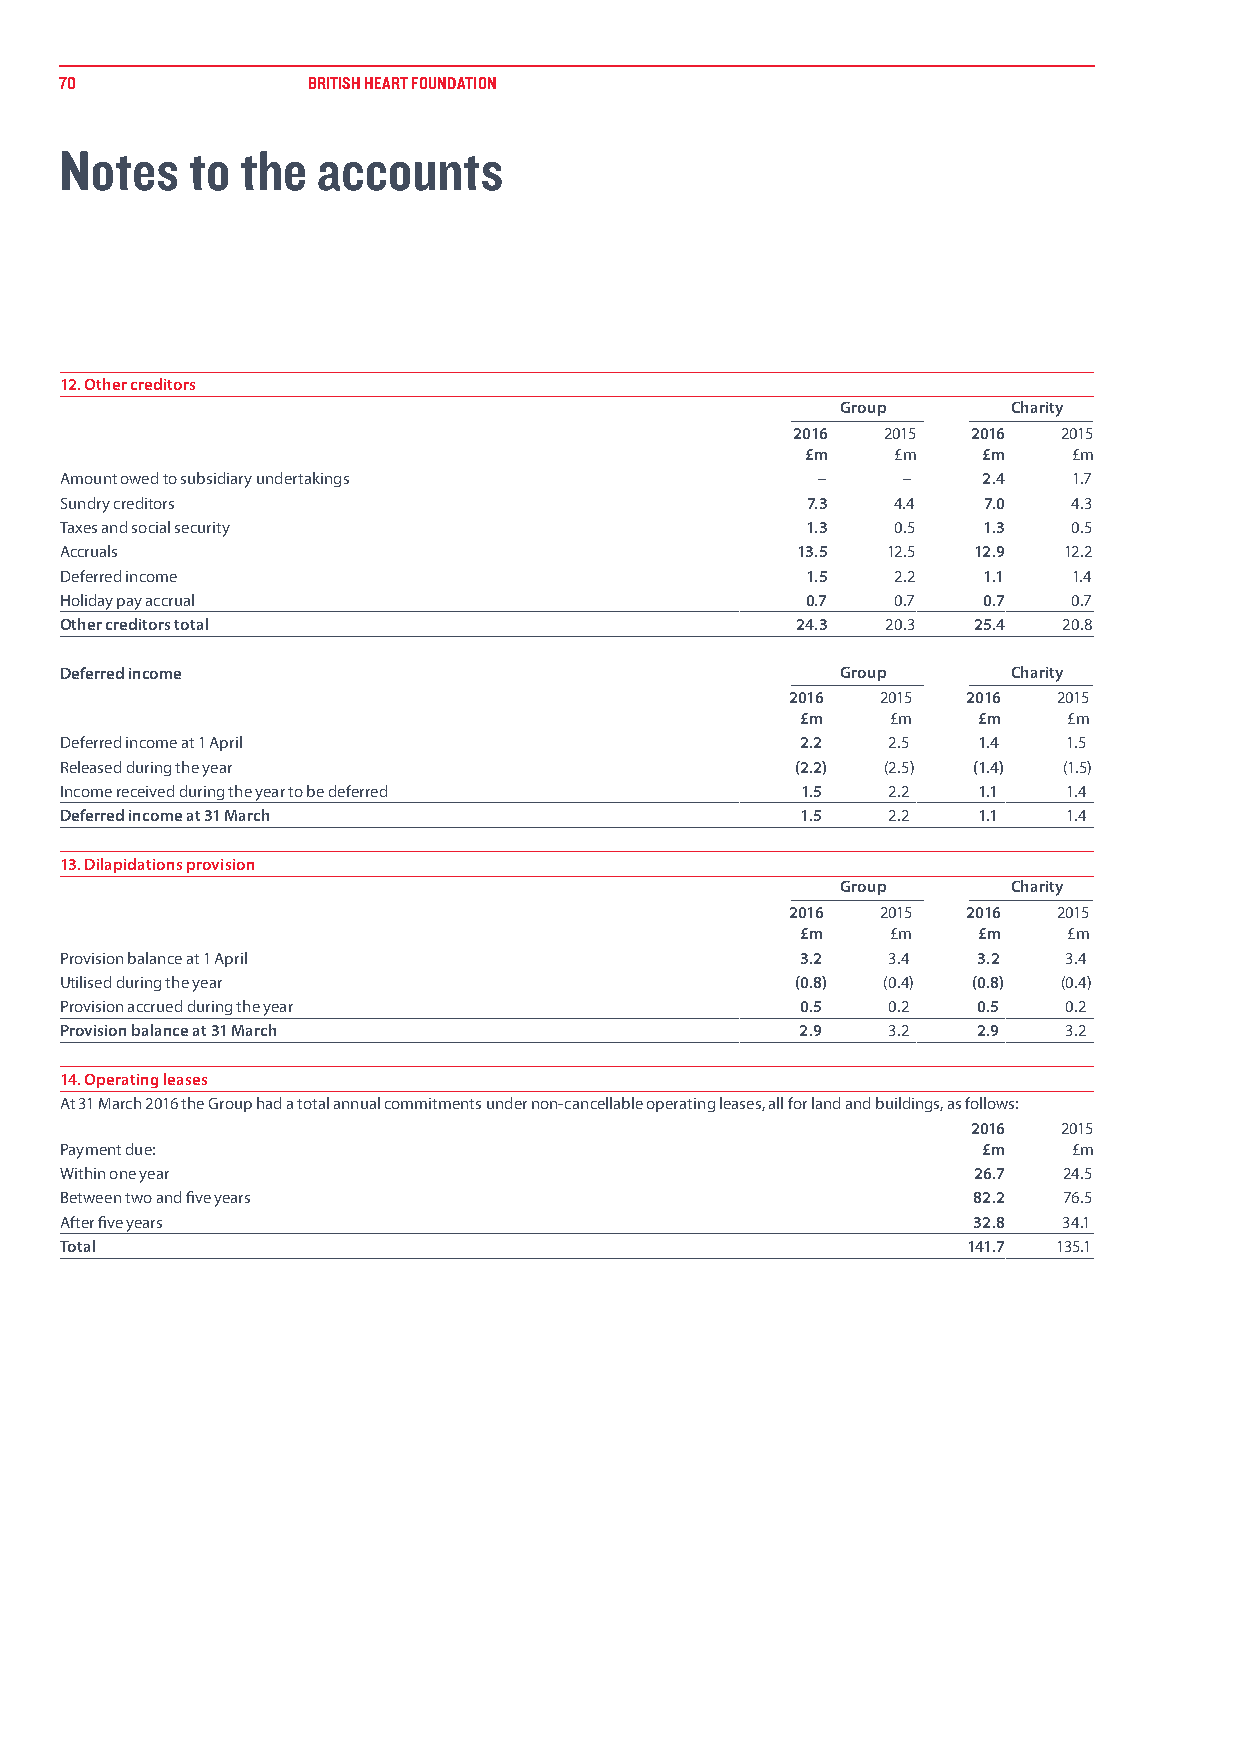
70              BRITISH HEART FOUNDATION
 Notes    to the  accounts
 12. Other creditors
 Group      Charity
 2016  2015 2016  2015
 £m    £m    £m    £m
 Amount owed to subsidiary undertakings            –     –    2.4   1.7
 Sundry creditors                                 7.3   4.4   7.0   4.3
 Taxes and social security                        1.3   0.5   1.3   0.5
 Accruals                                         13.5  12.5 12.9  12.2
 Deferred income                                  1.5   2.2   1.1   1.4
 Holiday pay accrual                              0.7   0.7   0.7   0.7
 Other creditors total                            24.3  20.3 25.4  20.8
 Deferred income                                     Group      Charity
 2016  2015  2016  2015
 £m    £m    £m    £m
 Deferred income at 1 April                       2.2   2.5   1.4   1.5
 Released during the year                         (2.2) (2.5) (1.4) (1.5)
 Income received during the year to be deferred   1.5   2.2   1.1   1.4
 Deferred income at 31 March                      1.5   2.2   1.1   1.4
 13. Dilapidations provision
 Group      Charity
 2016  2015  2016  2015
 £m    £m    £m    £m
 Provision balance at 1 April                     3.2   3.4   3.2   3.4
 Utilised during the year                         (0.8) (0.4) (0.8) (0.4)
 Provision accrued during the year                0.5   0.2   0.5   0.2
 Provision balance at 31 March                    2.9   3.2   2.9   3.2
 14. Operating leases
 At 31 March 2016 the Group had a total annual commitments under non-cancellable operating leases, all for land and buildings, as follows:
 2016  2015
 Payment due:                                                 £m    £m
 Within one year                                             26.7  24.5
 Between two and five years                                  82.2  76.5
 After five years                                            32.8  34.1
 Total                                                       141.7 135.1